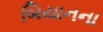
બિયાનના